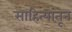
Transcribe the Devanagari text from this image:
साहित्यांतून